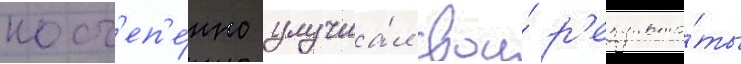
пост'еп'е́нно улучша́л свои́ р'езульта́ты